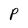
Character: P